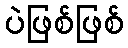
ပဲဖြစ်ဖြစ်